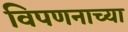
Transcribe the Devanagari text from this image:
विपणनाच्या